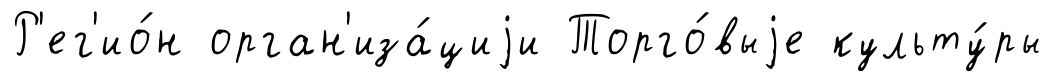
Р'ег'ио́н орган'иза́циjи Торго́выjе культу́ры